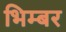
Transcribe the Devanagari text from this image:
भिम्बर